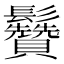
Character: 䰖